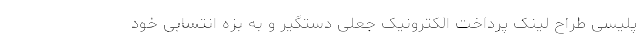
پلیسی طراح لینک پرداخت الکترونیک جعلی دستگیر و به بزه انتسابی خود